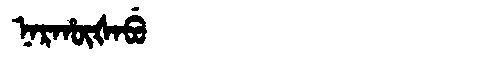
Manchu: ᠨᠠᡵᡥᡡᡧᠠᠪᡠ
Romanization: NARHŪŠABU